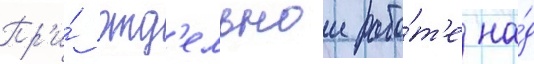
Пр'и́ отд'ельнои рабо́т'е на́д